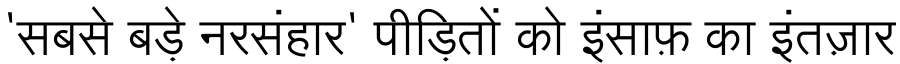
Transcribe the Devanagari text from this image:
'सबसे बड़े नरसंहार' पीड़ितों को इंसाफ़ का इंतज़ार